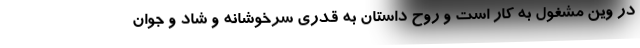
در وین مشغول به کار است و روح داستان به قدری سرخوشانه و شاد و جوان